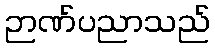
ဉာဏ်ပညာသည်